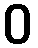
ဝ